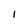
Character: I